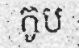
កូប